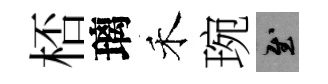
桮璃禾琬慰